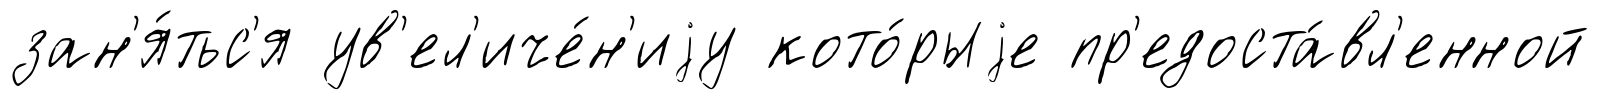
зан'я́тьс'я ув'ел'иче́н'иjу кото́рыjе пр'едоста́вл'енной